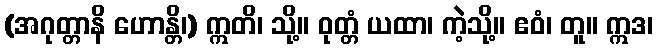
(အဂုတ္တာနိ ဟောန္တိ၊) ဣတိ၊ သို့။ ဝုတ္တံ ယထာ၊ ကဲ့သို့။ ဧဝံ၊ တူ။ ဣဒ၊